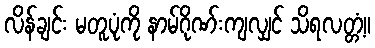
လိန်ချင်း မတူပုံကို နာမ်ဂိုဏ်းကျလျှင် သိရလတ္တံ့။